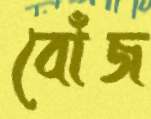
বোঁজ